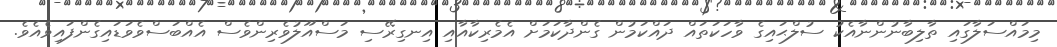
މިމައްސަލާގައި ތާލިބާނުންނާއެކު ސުލްޙައިގެ ވާހަކަތައް ދައްކަމުން ގެންދާކަމަށް އެމެރިކާއާއި އިނގިރޭސި މަސްއޫލުވެރިންވެސް އެއްބަސްވެވަޑައިގެންފައިވެއެވެ.